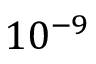
1 0 ^ { - 9 }